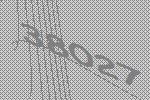
38027